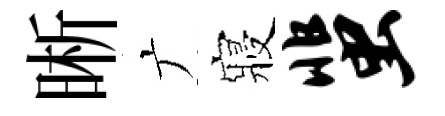
晰广寢蜚